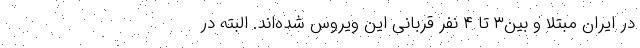
در ایران مبتلا و بین۳ تا ۴ نفر قربانی این ویروس شده‌اند. البته در